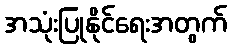
အသုံးပြုနိုင်ရေးအတွက်